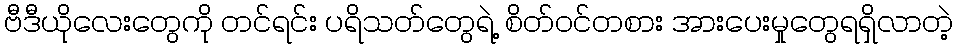
ဗီဒီယိုလေးတွေကို တင်ရင်း ပရိသတ်တွေရဲ့ စိတ်ဝင်တစား အားပေးမှုတွေရရှိလာတဲ့